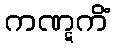
ကဏ္ဋကိံ